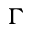
\Gamma